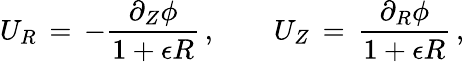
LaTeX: U_{R}\, =\, -\frac{\partial_{Z}\phi}{1+\epsilon R}\, ,\qquad U_{Z}\, =\, \frac{\partial_{R}\phi}{1+\epsilon R}\, ,